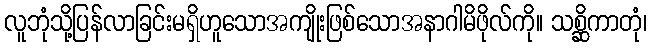
လူဘုံသို့ပြန်လာခြင်းမရှိဟူသောအကျိုးဖြစ်သောအနာဂါမိဖိုလ်ကို။ သစ္ဆိကာတုံ၊